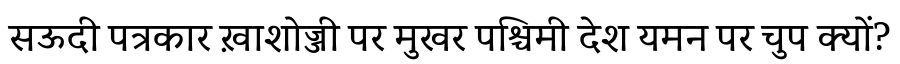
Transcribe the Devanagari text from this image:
सऊदी पत्रकार ख़ाशोज्जी पर मुखर पश्चिमी देश यमन पर चुप क्यों?